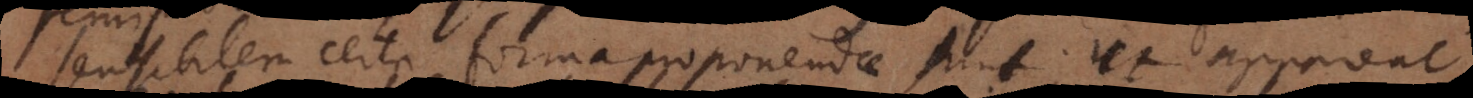
sensibilem certa forma proponendae sunt; ut appareat